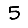
Digit: 5